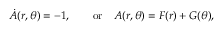
\dot { A } ( r , \theta ) = - 1 , \qquad \mathrm { o r } \quad A ( r , \theta ) = { \cal F } ( r ) + { \cal G } ( \theta ) ,